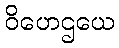
ဝိဟေဌယေ